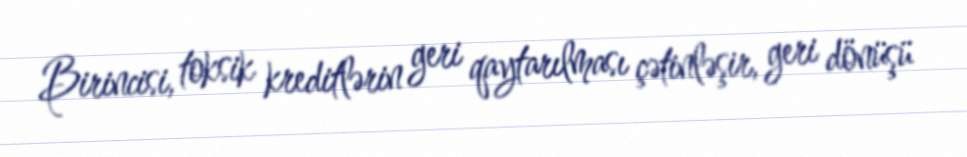
Birincisi, toksik kreditlərin geri qaytarılması çətinləşir, geri dönüşü